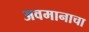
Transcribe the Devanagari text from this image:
अवमानाचा